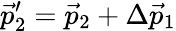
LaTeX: \vec{p}_{2}^{\prime}=\vec{p}_{2}+\Delta\vec{p}_{1}